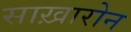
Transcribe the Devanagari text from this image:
साख़ारोन